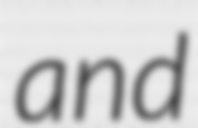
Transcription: and